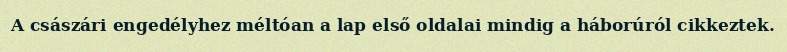
A császári engedélyhez méltóan a lap első oldalai mindig a háborúról cikkeztek.